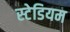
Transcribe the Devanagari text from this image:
स्‍टेडियम